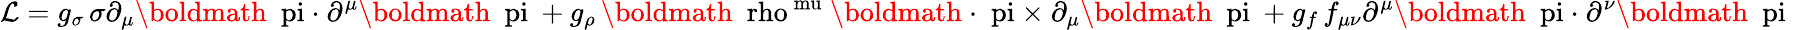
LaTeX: {\cal L}=g_{\sigma}\, \sigma\partial_{\mu}\mathrm{\boldmath~{\ pi~{\cdot}}~}\partial^{\mu}\mathrm{\boldmath~{\ pi}~}+g_{\rho}\, \mathrm{\boldmath~{\ rho}^{\ mu}~}\mathrm{\boldmath~{\cdot~\ pi~{\times}}~}\partial_{\mu}\mathrm{\boldmath~{\ pi}~}+g_{f}\, f_{\mu\nu}\partial^{\mu}\mathrm{\boldmath~{\ pi~{\cdot}}~}\partial^{\nu}\mathrm{\boldmath~{\ pi}~}